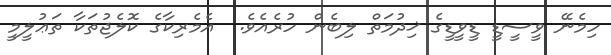
ހިމެނޭ ވީސީޑީ ޑީވީޑީގެ ޚިދުމަތް ލިބެން ހުރެއެވެ.  އެމެރިކާގެ ކޮލެޖުތަކާ ތަޢުލީމީ